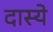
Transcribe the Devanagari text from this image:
दास्ये